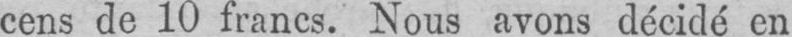
cens de 10 francs. Nous avons décidé en